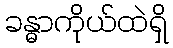
ခန္ဓာကိုယ်ထဲရှိ